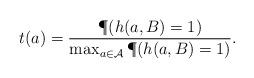
LaTeX: \begin{align*} t(a) = \frac{\P(h(a,B) = 1)}{\max_{a\in \mathcal{A}} \P(h(a,B) = 1)}.\end{align*}